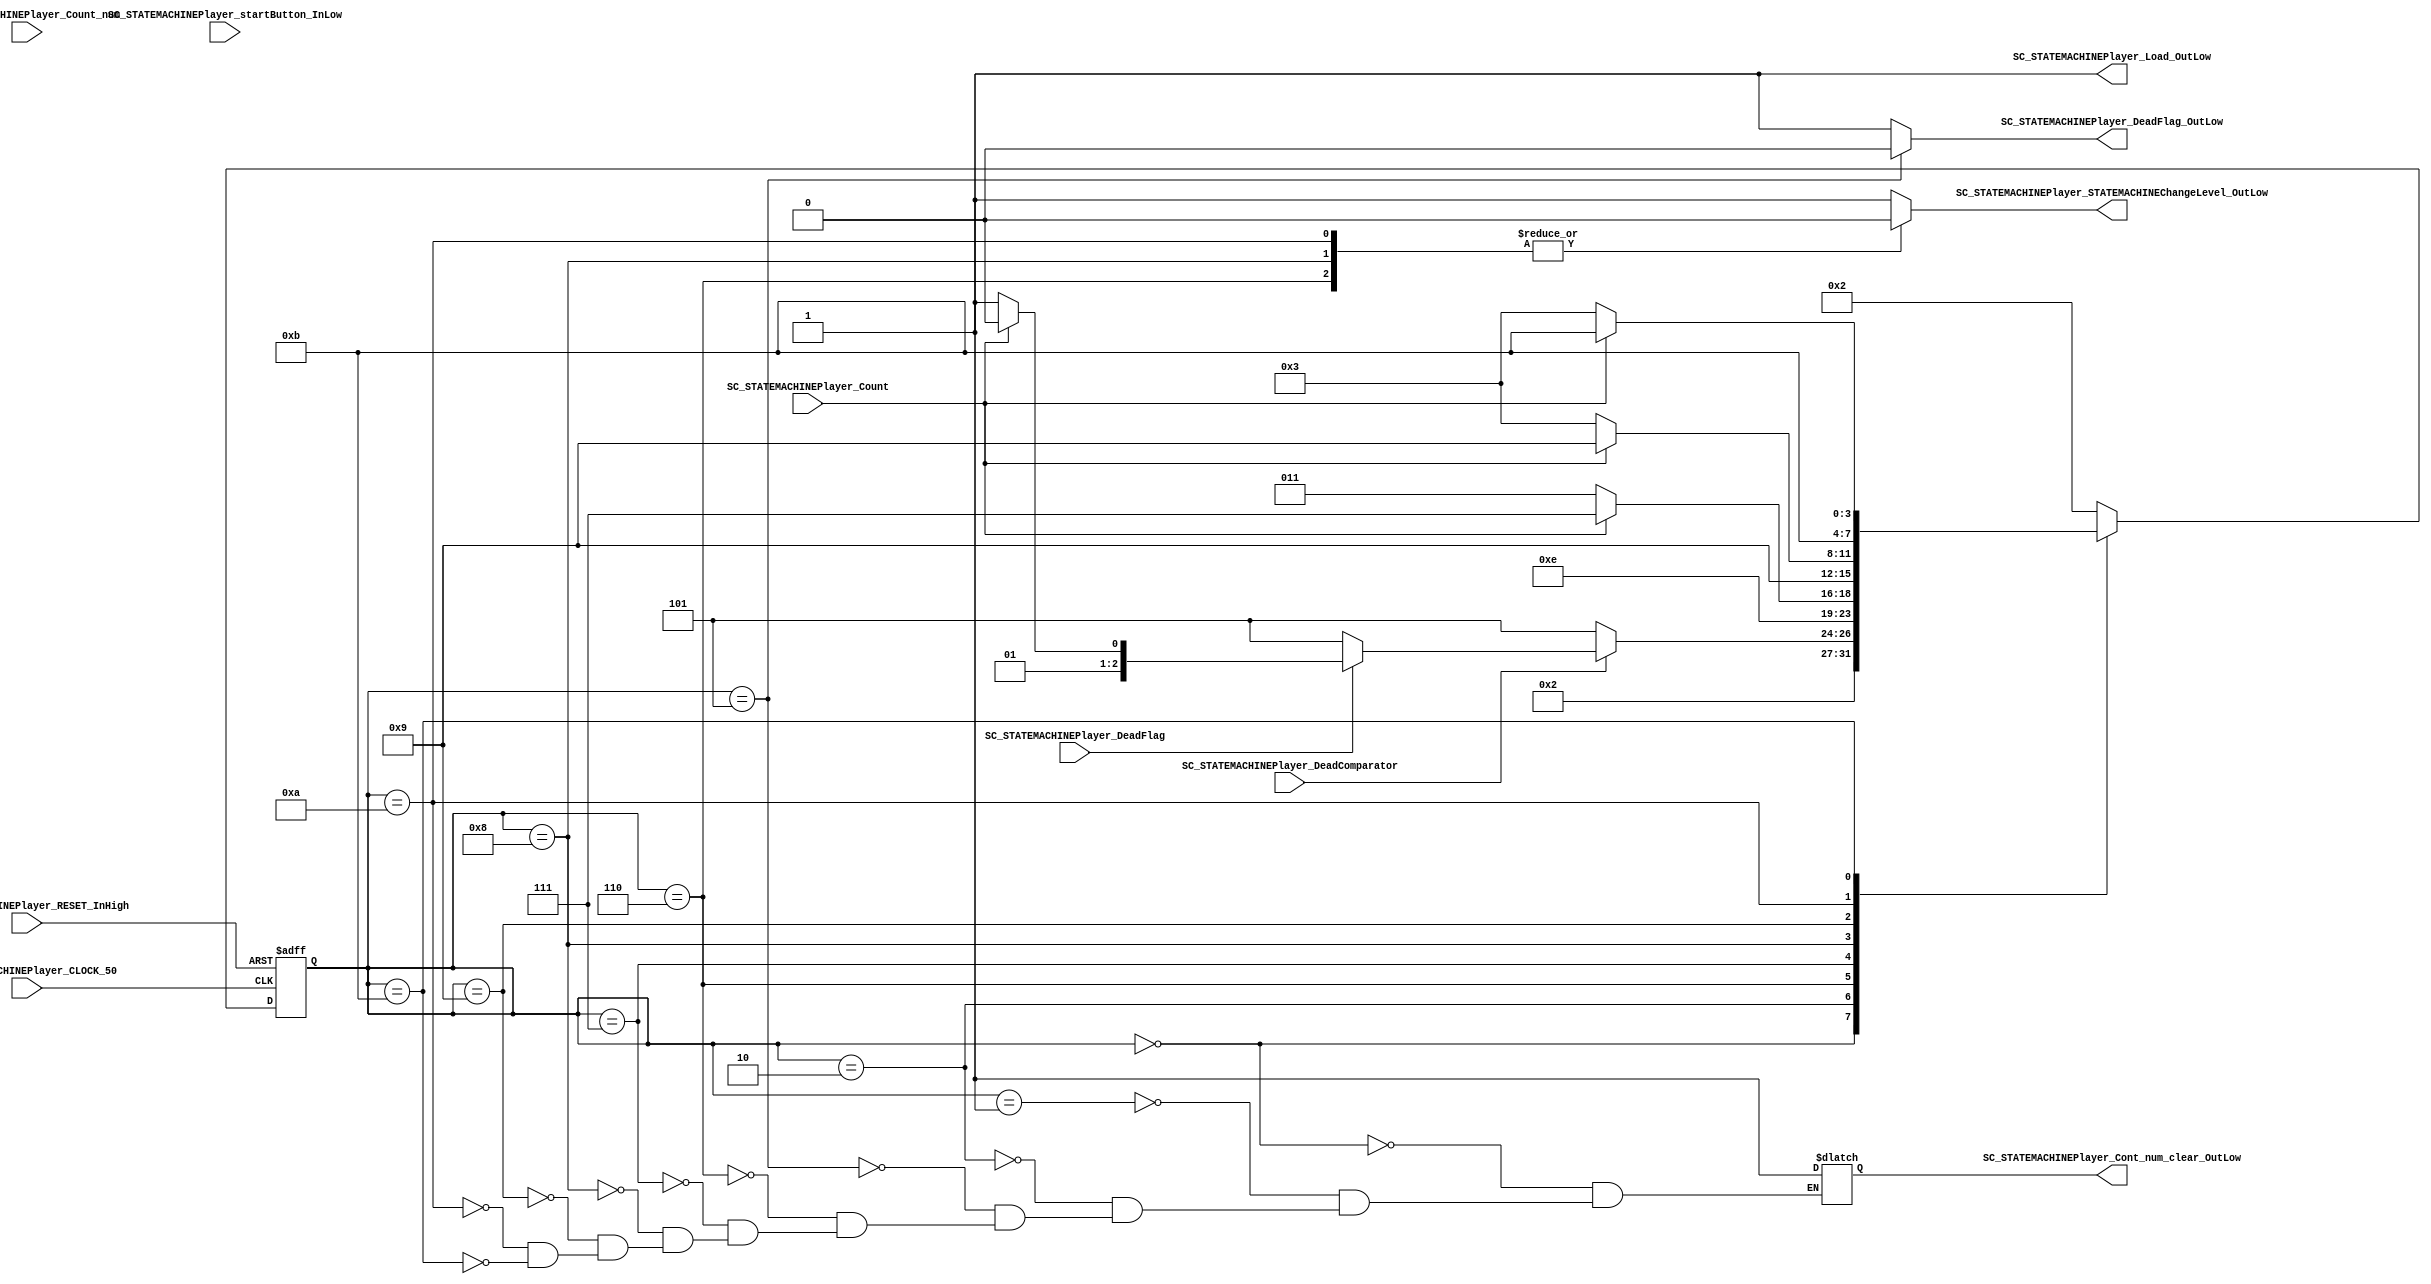
///*######################################################################
//#	G0B1T: HDL EXAMPLES. 2018.
//######################################################################
//# Copyright (C) 2018. F.E.Segura-Quijano (FES) fsegura@uniandes.edu.co
//# 
//# This program is free software: you can redistribute it and/or modify
//# it under the terms of the GNU General Public License as published by
//# the Free Software Foundation, version 3 of the License.
//#
//# This program is distributed in the hope that it will be useful,
//# but WITHOUT ANY WARRANTY; without even the implied warranty of
//# MERCHANTABILITY or FITNESS FOR A PARTICULAR PURPOSE.  See the
//# GNU General Public License for more details.
//#
//# You should have received a copy of the GNU General Public License
//# along with this program.  If not, see <http://www.gnu.org/licenses/>
//####################################################################*/
//=======================================================
//  MODULE Definition
//=======================================================
module SC_STATEMACHINEPlayer (
	//////////// OUTPUTS //////////
	SC_STATEMACHINEPlayer_DeadFlag_OutLow,
	SC_STATEMACHINEPlayer_Load_OutLow,
	SC_STATEMACHINEPlayer_STATEMACHINEChangeLevel_OutLow,
	SC_STATEMACHINEPlayer_Cont_num_clear_OutLow,
	//////////// INPUTS //////////
	SC_STATEMACHINEPlayer_CLOCK_50,//
	SC_STATEMACHINEPlayer_RESET_InHigh,//
	SC_STATEMACHINEPlayer_startButton_InLow,//
	SC_STATEMACHINEPlayer_DeadFlag,//
	SC_STATEMACHINEPlayer_DeadComparator,//
	SC_STATEMACHINEPlayer_Count_num,//
	SC_STATEMACHINEPlayer_Count
);	
//=======================================================
//  PARAMETER declarations
//=======================================================
// states declaration
localparam STATE_RESET_0									= 0;
localparam STATE_START_0									= 1;
localparam STATE_CHECK_0									= 2;
localparam STATE_LOAD_0										= 3; 
localparam STATE_LOAD_1										= 4; 
localparam STATE_DEATH										= 5;
localparam STATE_LEVEL1_0									= 6;
localparam STATE_LEVEL1_1 									= 7;
localparam STATE_LEVEL2_0									= 8;
localparam STATE_LEVEL2_1 									= 9;
localparam STATE_LEVEL3_0									= 10;
localparam STATE_LEVEL3_1 									= 11;
//=======================================================
//  PORT declarations
//=======================================================

output reg 	SC_STATEMACHINEPlayer_DeadFlag_OutLow;
output reg	SC_STATEMACHINEPlayer_Load_OutLow;
output reg	SC_STATEMACHINEPlayer_STATEMACHINEChangeLevel_OutLow;
output reg  SC_STATEMACHINEPlayer_Cont_num_clear_OutLow;

input SC_STATEMACHINEPlayer_CLOCK_50;
input SC_STATEMACHINEPlayer_RESET_InHigh;
input SC_STATEMACHINEPlayer_startButton_InLow;
input SC_STATEMACHINEPlayer_DeadFlag;
input SC_STATEMACHINEPlayer_DeadComparator;
input SC_STATEMACHINEPlayer_Count_num;
input SC_STATEMACHINEPlayer_Count;
//=======================================================
//  REG/WIRE declarations
//=======================================================
reg [3:0] STATE_Register;
reg [3:0] STATE_Signal;
//=======================================================
//  Structural coding
//=======================================================
//INPUT LOGIC: COMBINATIONAL
// NEXT STATE LOGIC : COMBINATIONAL
always @(*)
begin
	case (STATE_Register)
		STATE_RESET_0: STATE_Signal = STATE_START_0;
		STATE_START_0: STATE_Signal = STATE_CHECK_0;
		STATE_CHECK_0: if (SC_STATEMACHINEPlayer_DeadComparator ==1'b0) STATE_Signal = STATE_DEATH;
							else if (SC_STATEMACHINEPlayer_DeadFlag == 1'b0) STATE_Signal = STATE_DEATH;
							else if (SC_STATEMACHINEPlayer_Count == 1'b0) STATE_Signal = STATE_LOAD_0;
							else if (SC_STATEMACHINEPlayer_Count_num == 6'b101000) STATE_Signal = STATE_LEVEL3_0;
							else if (SC_STATEMACHINEPlayer_Count_num == 6'b101101) STATE_Signal = STATE_LEVEL2_0;
							else if (SC_STATEMACHINEPlayer_Count_num == 6'b101000) STATE_Signal = STATE_LEVEL1_0;
							else STATE_Signal = STATE_CHECK_0;
		STATE_LEVEL1_0 : STATE_Signal = STATE_LEVEL1_1;
		STATE_LEVEL1_1 : if (SC_STATEMACHINEPlayer_Count == 1'b0) STATE_Signal = STATE_LOAD_0;
						  	  else STATE_Signal = STATE_LEVEL1_1;
		STATE_LEVEL2_0 : STATE_Signal = STATE_LEVEL2_1;
		STATE_LEVEL2_1 : if (SC_STATEMACHINEPlayer_Count == 1'b0) STATE_Signal = STATE_LOAD_0;
						  	  else STATE_Signal = STATE_LEVEL2_1;
		STATE_LEVEL3_0 : STATE_Signal = STATE_LEVEL3_1;
		STATE_LEVEL3_1 : if (SC_STATEMACHINEPlayer_Count == 1'b0) STATE_Signal = STATE_LOAD_0;
						  	  else STATE_Signal = STATE_LEVEL3_1;
		STATE_DEATH: STATE_Signal = STATE_CHECK_0;	
		default : 		STATE_Signal = STATE_CHECK_0;
	endcase
end
// STATE REGISTER : SEQUENTIAL
always @ ( posedge SC_STATEMACHINEPlayer_CLOCK_50 , posedge SC_STATEMACHINEPlayer_RESET_InHigh)
begin
	if (SC_STATEMACHINEPlayer_RESET_InHigh == 1'b1)
		STATE_Register <= STATE_RESET_0;
	else
		STATE_Register <= STATE_Signal;
end
//=======================================================
//  Outputs
//=======================================================
// OUTPUT LOGIC : COMBINATIONAL
always @ (*)
begin
	case (STATE_Register)
//=========================================================
// STATE_RESET
//=========================================================
	STATE_RESET_0 :	
		begin
			SC_STATEMACHINEPlayer_DeadFlag_OutLow = 1'b1;
			SC_STATEMACHINEPlayer_Load_OutLow = 1'b1;
			SC_STATEMACHINEPlayer_STATEMACHINEChangeLevel_OutLow = 1'b1;
			SC_STATEMACHINEPlayer_Cont_num_clear_OutLow = 1'b1;
		end
//=========================================================
// STATE_START
//=========================================================
	STATE_START_0 :	
		begin
			SC_STATEMACHINEPlayer_DeadFlag_OutLow = 1'b1;
			SC_STATEMACHINEPlayer_Load_OutLow = 1'b1;
			SC_STATEMACHINEPlayer_STATEMACHINEChangeLevel_OutLow = 1'b1;
			SC_STATEMACHINEPlayer_Cont_num_clear_OutLow = 1'b1;
		end
//=========================================================
// STATE_CHECK
//=========================================================
	STATE_CHECK_0 :
		begin
			SC_STATEMACHINEPlayer_DeadFlag_OutLow = 1'b1;
			SC_STATEMACHINEPlayer_Load_OutLow = 1'b1;
			SC_STATEMACHINEPlayer_STATEMACHINEChangeLevel_OutLow = 1'b1;
			SC_STATEMACHINEPlayer_Cont_num_clear_OutLow = 1'b1;
		end
//=========================================================
// STATE_DEATH
//=========================================================
	STATE_DEATH :
		begin
			SC_STATEMACHINEPlayer_DeadFlag_OutLow = 1'b0;
			SC_STATEMACHINEPlayer_Load_OutLow = 1'b1;
			SC_STATEMACHINEPlayer_STATEMACHINEChangeLevel_OutLow = 1'b1;
			SC_STATEMACHINEPlayer_Cont_num_clear_OutLow = 1'b1;
		end
//=========================================================
// STATE_LEVEL1
//=========================================================
	STATE_LEVEL1_0 :
		begin
			SC_STATEMACHINEPlayer_DeadFlag_OutLow = 1'b1;
			SC_STATEMACHINEPlayer_Load_OutLow = 1'b1;
			SC_STATEMACHINEPlayer_STATEMACHINEChangeLevel_OutLow = 1'b0;
			SC_STATEMACHINEPlayer_Cont_num_clear_OutLow = 1'b1;
		end
	STATE_LEVEL1_1 :
		begin
			SC_STATEMACHINEPlayer_DeadFlag_OutLow = 1'b1;
			SC_STATEMACHINEPlayer_Load_OutLow = 1'b1;
			SC_STATEMACHINEPlayer_STATEMACHINEChangeLevel_OutLow = 1'b1;
			SC_STATEMACHINEPlayer_Cont_num_clear_OutLow = 1'b1;
		end

//=========================================================
// STATE_LEVEL2
//=========================================================
	STATE_LEVEL2_0 :
		begin
			SC_STATEMACHINEPlayer_DeadFlag_OutLow = 1'b1;
			SC_STATEMACHINEPlayer_Load_OutLow = 1'b1;
			SC_STATEMACHINEPlayer_STATEMACHINEChangeLevel_OutLow = 1'b0;
			SC_STATEMACHINEPlayer_Cont_num_clear_OutLow = 1'b1;
		end
	STATE_LEVEL2_1 :
		begin
			SC_STATEMACHINEPlayer_DeadFlag_OutLow = 1'b1;
			SC_STATEMACHINEPlayer_Load_OutLow = 1'b1;
			SC_STATEMACHINEPlayer_STATEMACHINEChangeLevel_OutLow = 1'b1;
			SC_STATEMACHINEPlayer_Cont_num_clear_OutLow = 1'b1;
		end		

//=========================================================
// STATE_LEVEL3
//=========================================================
	STATE_LEVEL3_0 :
		begin
			SC_STATEMACHINEPlayer_DeadFlag_OutLow = 1'b1;
			SC_STATEMACHINEPlayer_Load_OutLow = 1'b1;
			SC_STATEMACHINEPlayer_STATEMACHINEChangeLevel_OutLow = 1'b0;
			SC_STATEMACHINEPlayer_Cont_num_clear_OutLow = 1'b1;
		end
	STATE_LEVEL3_1 :
		begin
			SC_STATEMACHINEPlayer_DeadFlag_OutLow = 1'b1;
			SC_STATEMACHINEPlayer_Load_OutLow = 1'b1;
			SC_STATEMACHINEPlayer_STATEMACHINEChangeLevel_OutLow = 1'b1;
			SC_STATEMACHINEPlayer_Cont_num_clear_OutLow = 1'b1;
		end		

//=========================================================
// DEFAULT
//=========================================================
	default :
		begin
			SC_STATEMACHINEPlayer_DeadFlag_OutLow = 1'b1;
			SC_STATEMACHINEPlayer_Load_OutLow = 1'b1;
			SC_STATEMACHINEPlayer_STATEMACHINEChangeLevel_OutLow = 1'b1;
		end
	endcase
end
endmodule